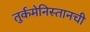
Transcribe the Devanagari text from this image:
तुर्कमेनिस्तानची